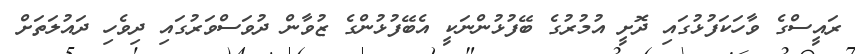
ރައީސްގެ ވާހަކަފުޅުގައި ދޮށީ އުމުރުގެ ބޭފުޅުންނަކީ އެބޭފުޅުންގެ ޒުވާން ދުވަސްވަރުގައި ދިވެހި ދައުލަތަށް